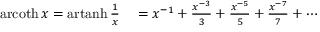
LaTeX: \begin{array} { r l } { \operatorname { a r c o t h } x = \operatorname { a r t a n h } { \frac { 1 } { x } } } & { { } = x ^ { - 1 } + { \frac { x ^ { - 3 } } { 3 } } + { \frac { x ^ { - 5 } } { 5 } } + { \frac { x ^ { - 7 } } { 7 } } + \cdots } \end{array}